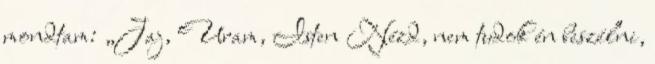
mondtam: „Jaj, Uram, Isten Nézd, nem tudok én beszélni,